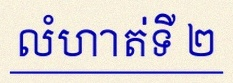
លំហាត់ទី ២